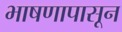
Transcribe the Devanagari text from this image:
भाषणापासून